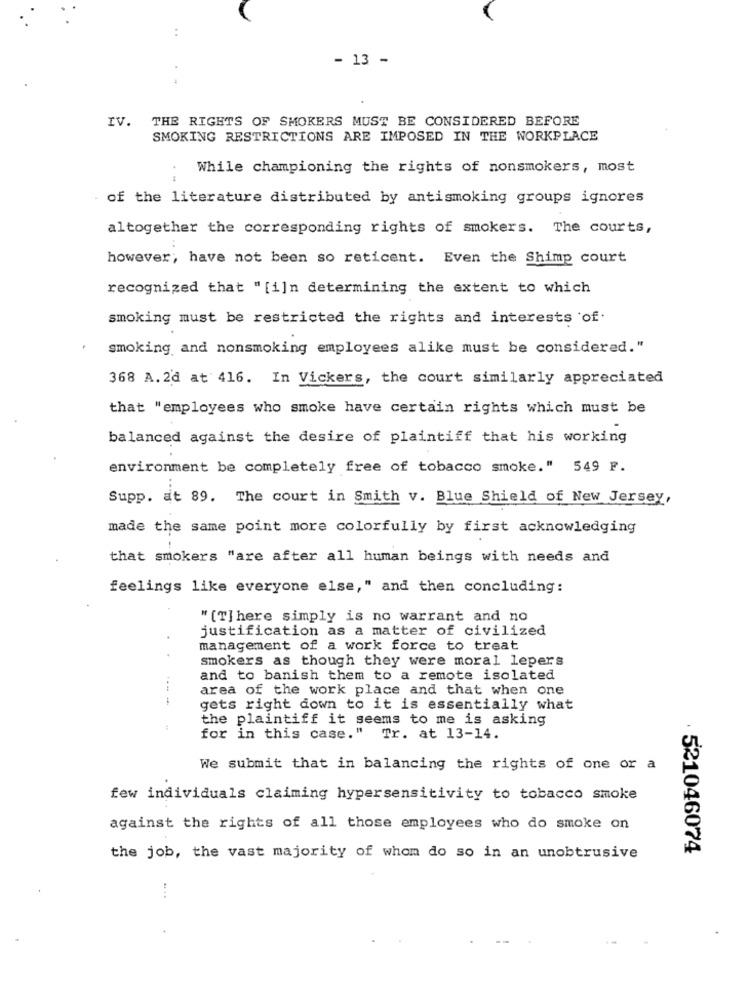
..
- 13 -
IV.
THE RIGHTS OF SMOKERS MUST BE CONSIDERED BEFORE
SMOKING RESTRICTIONS ARE IMPOSED IN THE WORKPLACE
While championing the rights of nonsmokers, most
of the literature distributed by antismoking groups ignores
altogether the corresponding rights of smokers. The courts,
however; have not been so reticent. Even the Shimp court
recognized that " [i]n determining the extent to which
smoking must be restricted the rights and interests of.
smoking and nonsmoking employees alike must be considered."
368 A. 2'd at 416. In Vickers, the court similarly appreciated
that "employees who smoke have certain rights which must be
balanced against the desire of plaintiff that his working
environment be completely free of tobacco smoke." 549 F.
Supp. at 89. The court in Smith v. Blue Shield of New Jersey,
made the same point more colorfully by first acknowledging
that smokers "are after all human beings with needs and
feelings like everyone else," and then concluding:
" [T]here simply is no warrant and no
justification as a matter of civilized
management of a work force to treat
smokers as though they were moral lepers
and to banish them to a remote isolated
area of the work place and that when one
----
gets right down to it is essentially what
the plaintiff it seems to me is asking
for in this case."
Tr. at 13-14.
We submit that in balancing the rights of one or a
few individuals claiming hypersensitivity to tobacco smoke
against the rights of all those employees who do smoke on
521046074
the job, the vast majority of whom do so in an unobtrusive